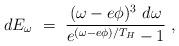
LaTeX: \begin{align*}dE_\omega~=~\frac{(\omega-e\phi)^3~d\omega}{e^{(\omega-e\phi)/T_H} -1 }~,\end{align*}